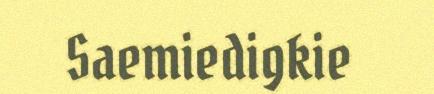
Saemiedigkie